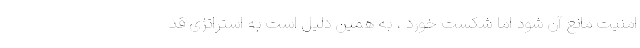
امنیت مانع آن شود اما شکست خورد ، به همین دلیل است به استراتژی قد